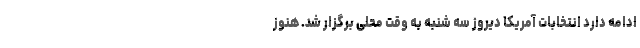
ادامه دارد انتخابات آمریکا دیروز سه شنبه به وقت محلی برگزار شد. هنوز